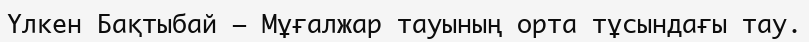
Үлкен Бақтыбай – Мұғалжар тауының орта тұсындағы тау.